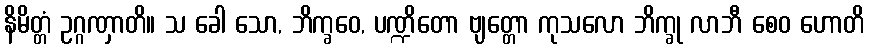
နိမိတ္တံ ဥဂ္ဂဏှာတိ။ သ ခေါ သော, ဘိက္ခဝေ, ပဏ္ဍိတော ဗျတ္တော ကုသလော ဘိက္ခု လာဘီ စေဝ ဟောတိ